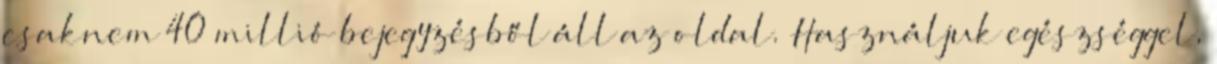
csaknem 40 millió bejegyzésből áll az oldal. Használjuk egészséggel,